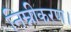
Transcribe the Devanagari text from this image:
निम्नीकरण।